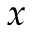
x